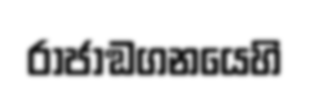
රාජාඞගනයෙහි